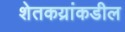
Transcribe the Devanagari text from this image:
शेतकय्रांकडील